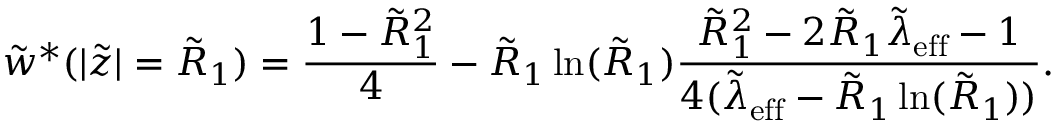
\tilde { w } ^ { * } ( | \tilde { z } | = \tilde { R } _ { 1 } ) = \frac { 1 - \tilde { R } _ { 1 } ^ { 2 } } { 4 } - \tilde { R } _ { 1 } \ln ( \tilde { R } _ { 1 } ) \frac { \tilde { R } _ { 1 } ^ { 2 } - 2 \tilde { R } _ { 1 } \tilde { \lambda } _ { \mathrm { e f f } } - 1 } { 4 ( \tilde { \lambda } _ { \mathrm { e f f } } - \tilde { R } _ { 1 } \ln ( \tilde { R } _ { 1 } ) ) } .